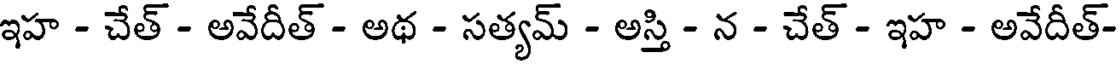
ఇహ - చేత్ - అవేదీత్ - అథ - సత్యమ్ - అస్తి - న - చేత్ - ఇహ - అవేదీత్-